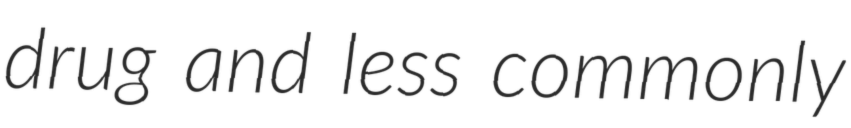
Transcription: drug and less commonly